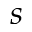
s